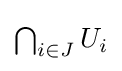
{\textstyle \bigcap _{i\in J}U_{i}}